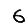
Digit: 6